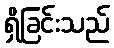
ရှိခြင်းသည်